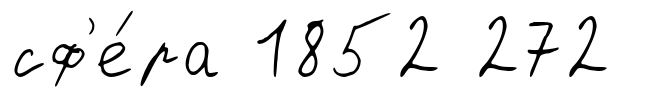
сф'е́ра 1852 272